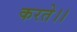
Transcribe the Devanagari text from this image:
करते।।